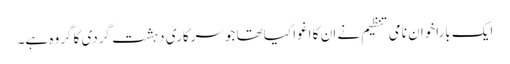
ایک باراخوان نامی تنظیم نے ان کا اغوا کیاتھا جوسرکاری دہشت گردی کاگروہ ہے۔